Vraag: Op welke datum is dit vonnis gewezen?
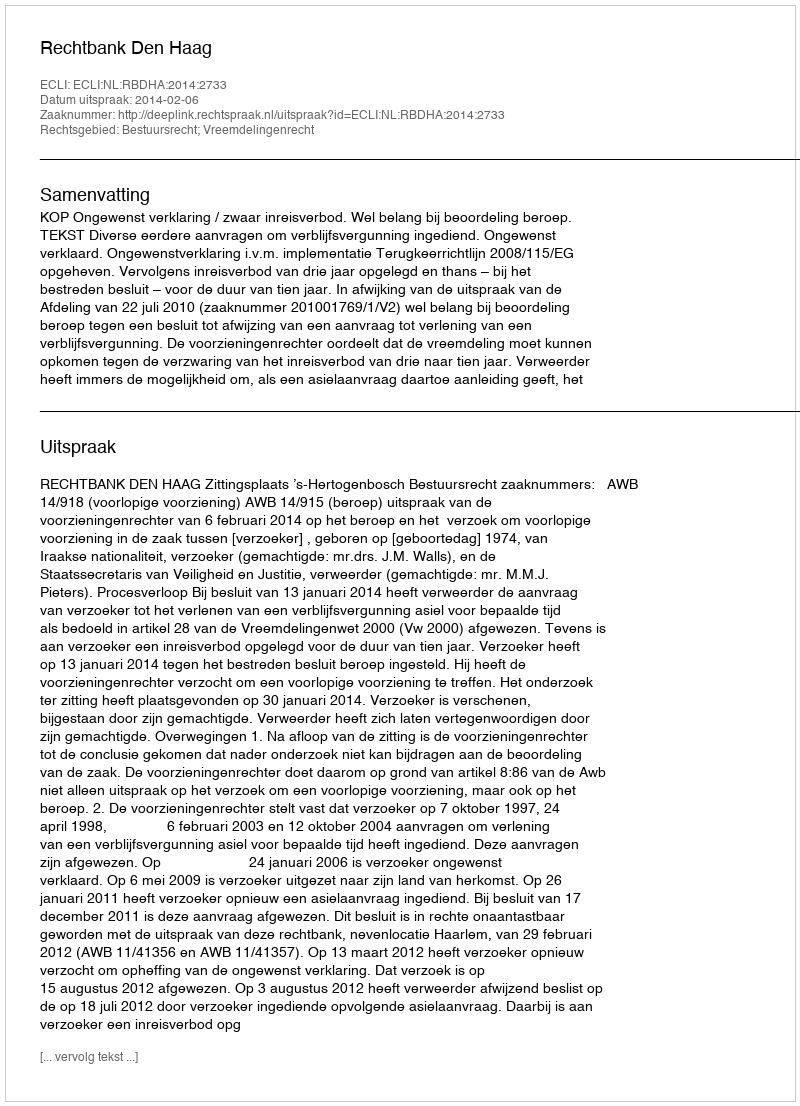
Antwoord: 2014-02-06